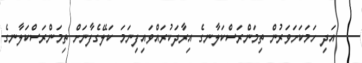
އަދި ހަމަކަށަވަރުން ތިމަންރަސްކަލާނގެ އިރާދަކުރައްވައިފިނަމަ ކަލޭގެފާނަށް ތިމަންރަސްކަލާނގެ